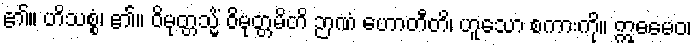
၏။ ဟိသစ္စံ၊ ၏။ ဝိမုတ္တသ္မိံ ဝိမုတ္တမိတိ ဉာဏံ ဟောတီတိ၊ ဟူသော စကားကို။ ဣဓမေဝ၊